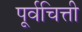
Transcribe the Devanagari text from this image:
पूर्वचित्ती